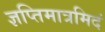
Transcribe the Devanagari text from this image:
ज्ञप्तिमात्रमिदं